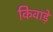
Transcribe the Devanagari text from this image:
किवाड़े